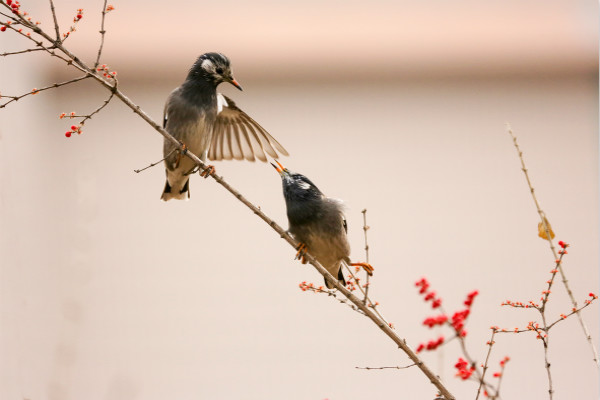
树头幽鸟，对调新语，语罢双飞却。